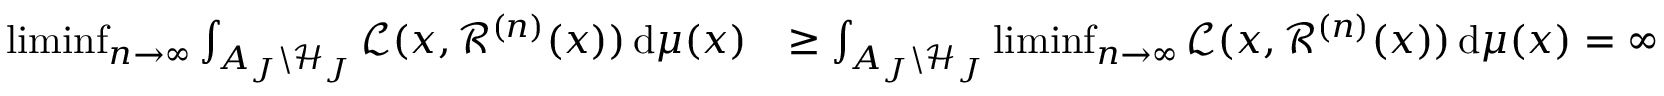
\begin{array} { r l } { \operatorname* { l i m i n f } _ { n \to \infty } \int _ { A _ { J } \backslash \mathcal H _ { J } } \mathcal L ( x , \mathcal R ^ { ( n ) } ( x ) ) \, \mathrm { d } \mu ( x ) } & { \ge \int _ { A _ { J } \backslash \mathcal H _ { J } } \operatorname* { l i m i n f } _ { n \to \infty } \mathcal L ( x , \mathcal R ^ { ( n ) } ( x ) ) \, \mathrm { d } \mu ( x ) = \infty } \end{array}